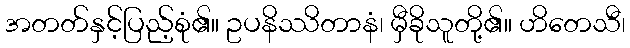
အတတ်နှင့်ပြည့်စုံ၏။ ဥပနိဿိတာနံ၊ မှီခိုသူတို့၏။ ဟိတေသီ၊